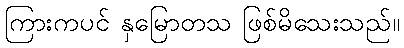
ကြားကပင် နှမြောတသ ဖြစ်မိသေးသည်။